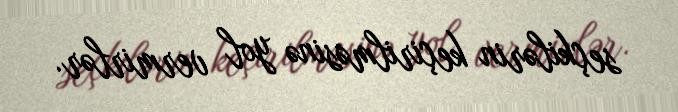
seçkilərin keçirilməsinə yol vermirlər.